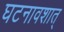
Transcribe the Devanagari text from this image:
घटनावशात्